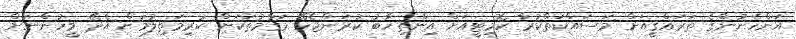
އަންހެނުންގެ ތަރައްޤީއަށް މަސައްކަތްކުރާ ކޮމިޓީއަށް އިންތިޚާބު ކުރަންޖެހޭ މަގާމުތަކަށް ކުރިމަތިލުމަށް އެދޭ މީހުންނަށް